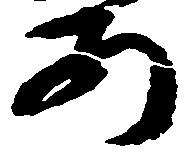
あ